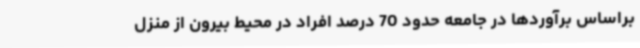
براساس برآوردها در جامعه حدود 70 درصد افراد در محیط بیرون از منزل